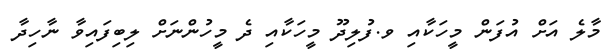
މާލެ އަށް އުފަން މީހަކާއި ވ.ފުލިދޫ މީހަކާއި ދެ މީހުންނަށް ލިބިފައިވާ ނާހިދާ